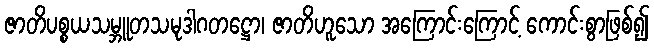
ဇာတိပစ္စယသမ္ဘူတသမုဒါဂတဋ္ဌော၊ ဇာတိဟူသော အကြောင်းကြောင့် ကောင်းစွာဖြစ်၍